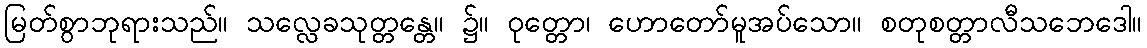
မြတ်စွာဘုရားသည်။ သလ္လေခသုတ္တန္တေ။ ၌။ ဝုတ္တော၊ ဟောတော်မူအပ်သော။ စတုစတ္တာလီသဘေဒေါ။